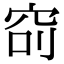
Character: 𥥎